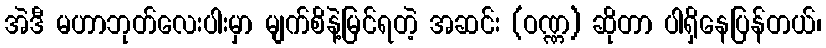
အဲဒီ မဟာဘုတ်လေးပါးမှာ မျက်စိနဲ့မြင်ရတဲ့ အဆင်း (ဝဏ္ဏ) ဆိုတာ ပါရှိနေပြန်တယ်၊